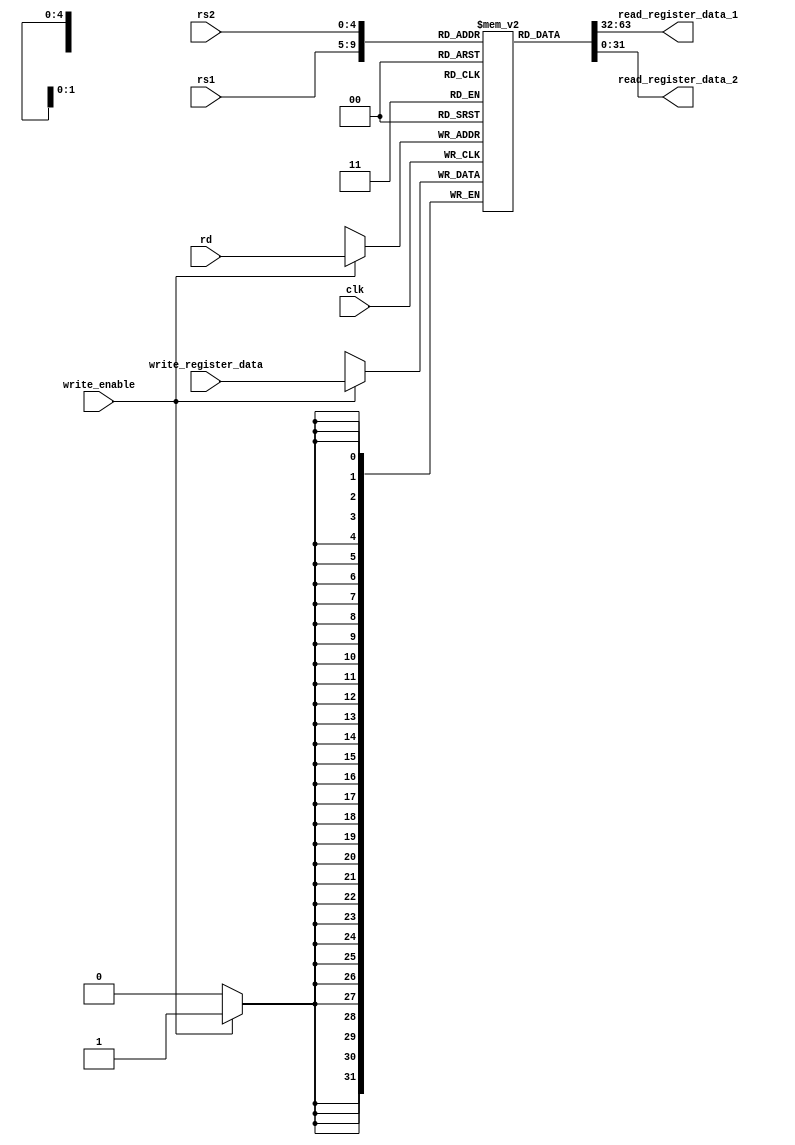
`timescale 1ns / 1ps
//////////////////////////////////////////////////////////////////////////////////
// Company: 
// Engineer: 
// 
// Design Name: 
// Module Name: reg_bank
// Project Name: 
// Target Devices: 
// Tool Versions: 
// Description: 
// 
// Dependencies: 
// 
// Revision:
// Revision 0.01 - File Created
// Additional Comments:
// 
//////////////////////////////////////////////////////////////////////////////////


// 32 bit register bank
// 32 bit register bank
module register_file (
    input [4:0] rs1,
    input [4:0] rs2,
    input [4:0] rd,
    input clk,
    input write_enable,
    input [31:0] write_register_data,
    output [31:0] read_register_data_1,
    output [31:0] read_register_data_2
);

reg [31:0] registers[0:31];
integer i;
initial
begin
    for ( i = 0; i < 32; i = i + 1) 
        registers[i] <= 32'd0;

            
            
end



assign read_register_data_1 = registers[rs1];
assign read_register_data_2 = registers[rs2];


always @(posedge clk) begin
    if (write_enable) begin
        registers[rd] <= write_register_data;
    end
end



endmodule